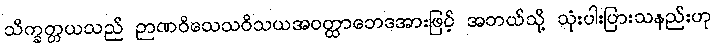
သိက္ခတ္တယသည် ဉာဏဝိသေသဝိသယအဝတ္ထာဘေဒအားဖြင့် အဘယ်သို့ သုံးပါးပြားသနည်းဟု